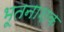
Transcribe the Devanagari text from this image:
भूतनाशक